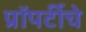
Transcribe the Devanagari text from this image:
प्रॉपर्टीचे